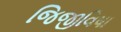
જિજીવિષા